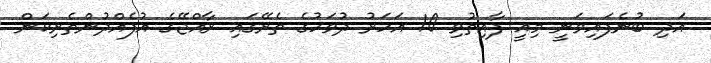
އަދި ބުނެފައިވަނީ މިއީ ފާއިތުވި 10 އަހަރު ދުވަހުގެ ތެރޭގައި ރާއްޖޭގެ އުފެއްދުންތެރިކަން